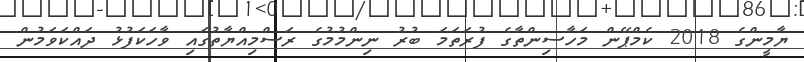
ޔާމީންގެ 2018 ކެމްޕޭން މަހާސިންތާގެ ފުރަތަމަ ބުރު ނިންމުމުގެ ރަސްމިއްޔާތުގައި ވާހަކަފުޅު ދައްކަވަމުން